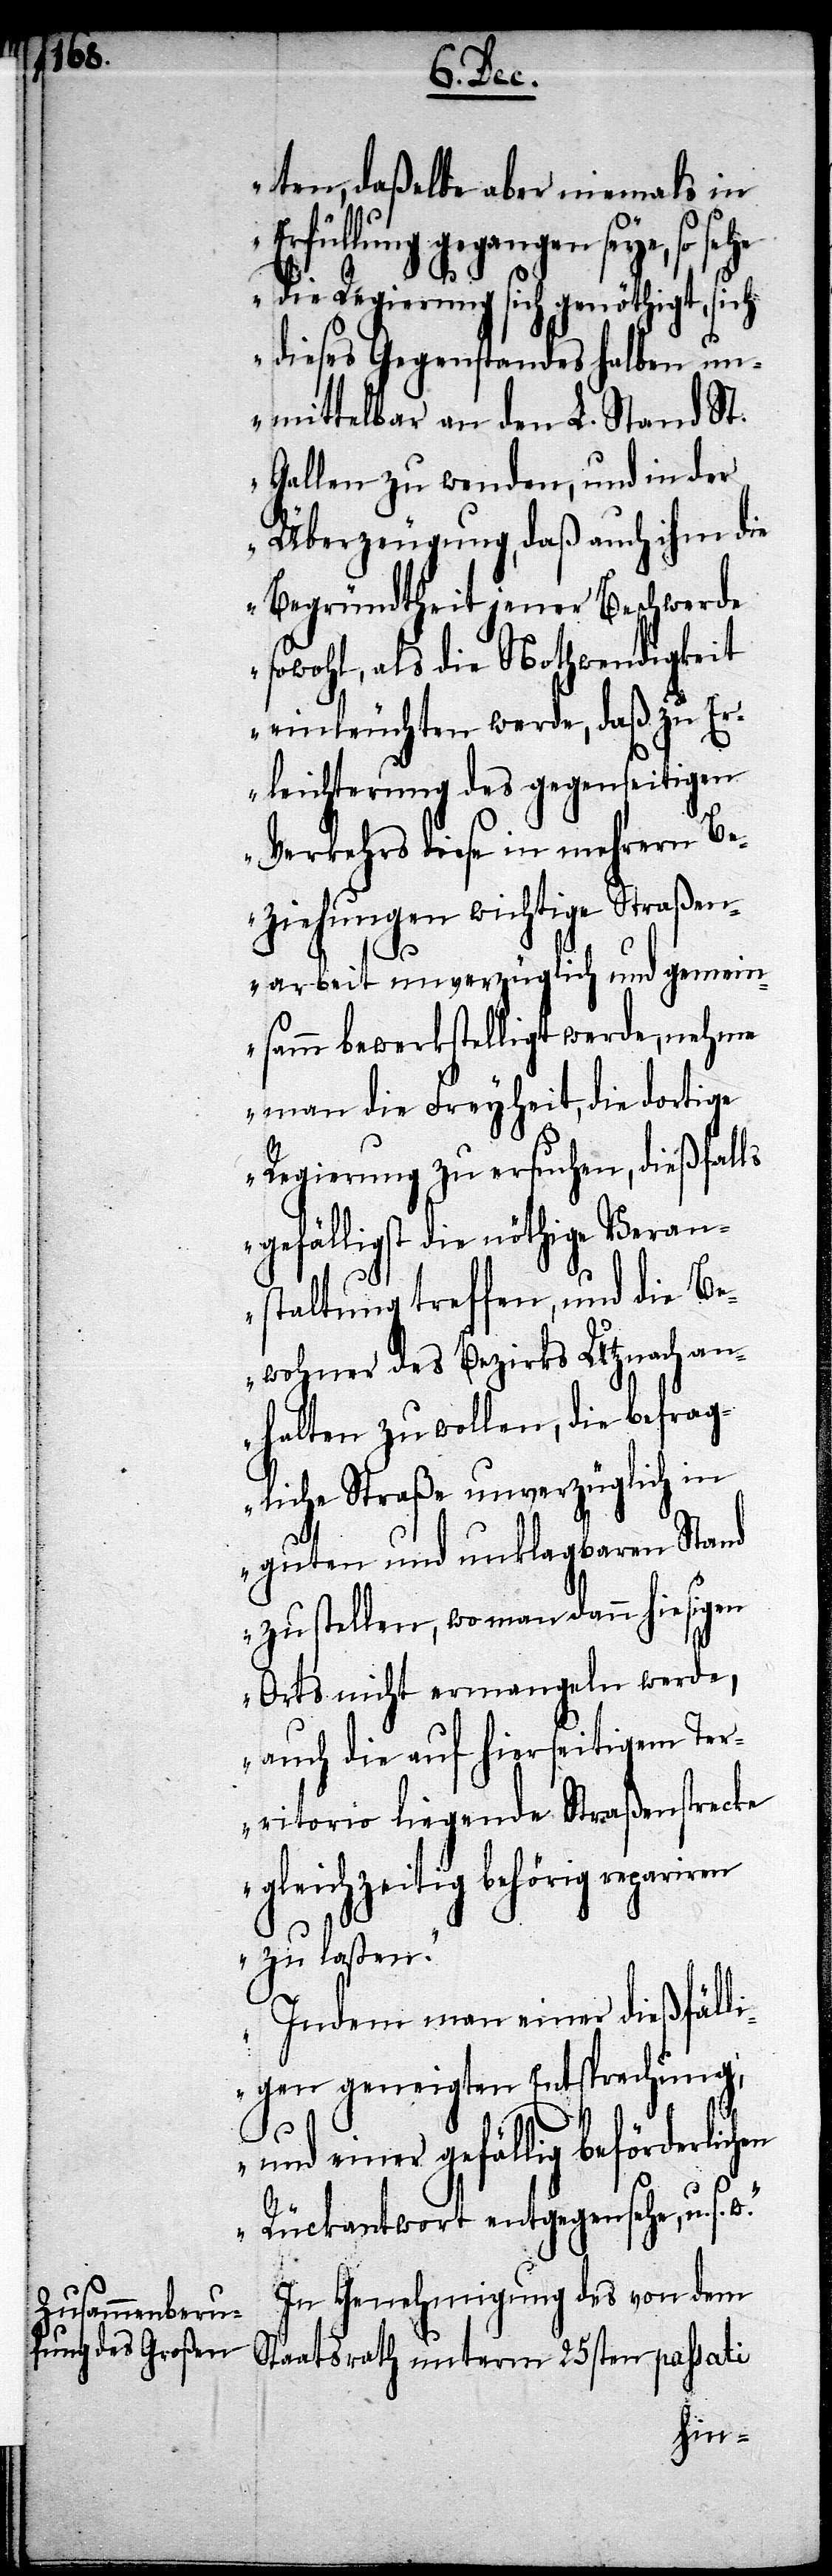
ten, daßelbe aber niemals in
Erfüllung gegangen seye, so se¬
he die Regierung sich genöthigt, sich
dieses Gegenstandes halben un¬
mittelbar an den L. Stand St.
Gallen zu wenden, und in der
Überzeugung, daß auch ihm die
Begründtheit jener Beschwerde
sowohl, als die Nothwendigkeit
einleuchten werde, daß zu Er¬
leichterung des gegenseitigen
Verkehrs diese in mehrern Be¬
ziehungen wichtige Straßen¬
en
arbeit unverzüglich und gemein¬
samm bewerkstelligt werde, nehme
man die Freyheit, die dortige
Regierung zu ersuchen, dießfalls
gefälligst die nöthige Veran¬
staltung treffen, und die Be¬
wohner des Bezirks Utznach an¬
halten zu wollen, die befrag¬
liche Straße unverzüglich in
guten und unklagbaren Stand
zu stellen, wo man dann hiesigen
Orts nicht ermangeln werde,
auch die auf hierseitigem Ter¬
ritorio liegende Straßenstrecke
gleichzeitig behörig repariren
zu laßen.
Indem man einer dießfäll¬
igen geneigten Entsprechung,
und einer gefällig beförderlich¬
Rückantwort entgegensehe, u. s.
In Genehmigung des von dem
Staatsrath unterm 25sten passati